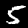
Label: 5